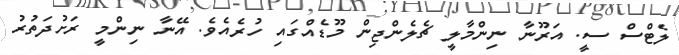
ލެޓްސް ސީ. އަރޫނާ ނިންމާލީ ޗެލެންޖިން މޫޑެއްގައި ހުރެއެވެ. އޭނާ ނިންމީ ރަށުދަތުރު